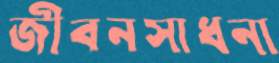
জীবনসাধনা